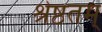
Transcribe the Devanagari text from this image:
श्रेष्ठतम्